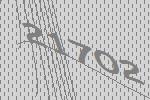
21702